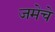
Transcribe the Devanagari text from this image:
जमेचे